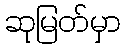
ဆုမြတ်မှာ